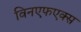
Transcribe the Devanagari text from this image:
विनएफएक्स